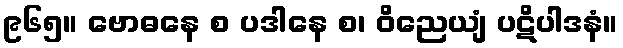
၉၆၅။ ဗောဓနေ စ ပဒါနေ စ၊ ဝိညေယျံ ပဋိပါဒနံ။